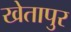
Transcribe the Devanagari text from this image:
खेतापुर